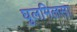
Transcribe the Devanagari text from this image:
घुलमिलसा